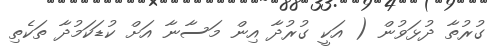
ގުރުތާ ދުޅަވުން ( އަކީ ގުރުދާ އިން މަސާނާ އަށް ކުޑަކަމުދާ ތަކެތި